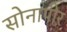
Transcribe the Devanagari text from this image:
सोनापीर